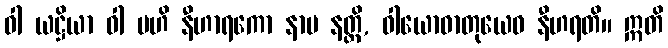
ဝါ ယဋ္ဌိယာ ဝါ ဗဟိ နီဟာရကော နာမ နတ္ထိ, ဝါယောဓာတုယေဝ နီဟရတိ။ ဣတိ